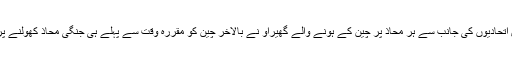
لیکن امریکا اور اس اتحادیوں کی جانب سے ہر محاذ پر چین کے ہونے والے گھیراؤ نے بالآخر چین کو مقررہ وقت سے پہلے ہی جنگی محاذ کھولنے پر مجبور کردیا ہے ۔